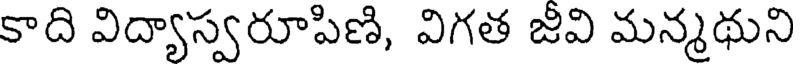
కాది విద్యాస్వరూపిణి, విగత జీవి మన్మథుని